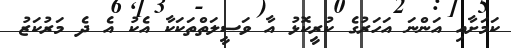
ކަމަށާއި އަންނަ އަހަރުގެ ކުރީކޮޅު އާ ވަސީލަތްތަކަކާ އެކު އެ ދެ މަރުކަޒު